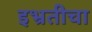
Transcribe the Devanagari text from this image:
इभ्रतीचा